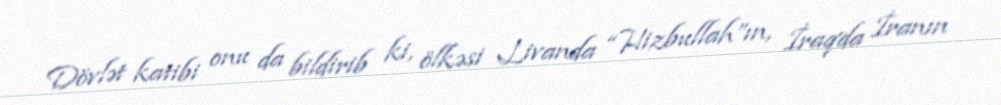
Dövlət katibi onu da bildirib ki, ölkəsi Livanda “Hizbullah”ın, İraqda İranın